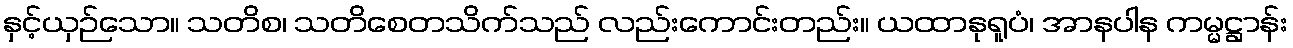
နှင့်ယှဉ်သော။ သတိစ၊ သတိစေတသိက်သည် လည်းကောင်းတည်း။ ယထာနုရူပံ၊ အာနပါန ကမ္မဋ္ဌာန်း